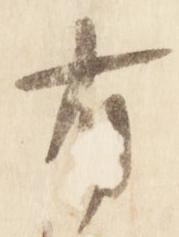
有